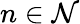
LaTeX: n\in\mathcal N